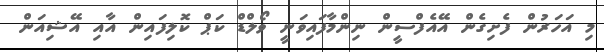
މި އަހަރުން ފެށިގެން އޭއެފްސީން ނިންމާފައިވަނީ ވޯލްޑް ކަޕް ކޮލިފައިން އާއި އޭޝިއަން